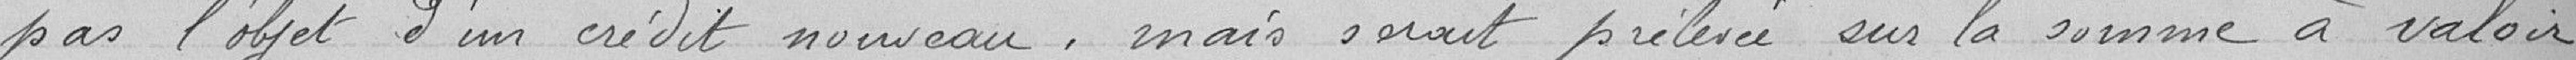
pas l'objet d'un crédit nouveau mais serait prélevé sur la somme à valoir